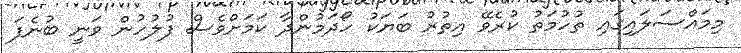
މިމައްސަލައިގައި ތުހުމަތު ކުރެވޭ އިތުރު ބަޔަކު ހޯދަމުންދާ ކަމަށްވެސް ފުލުހުން ވަނީ ބުނެފަ